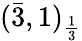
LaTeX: ({\bar{3}},1)_{\frac{1}{3}}